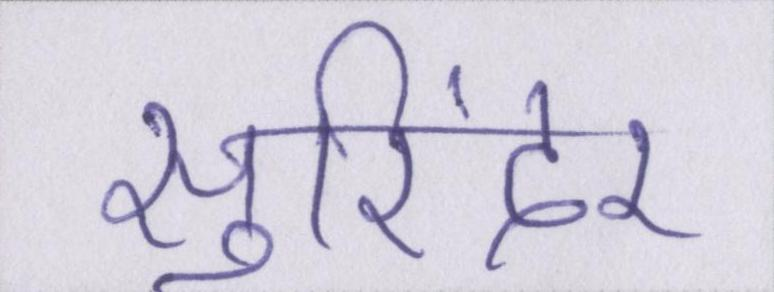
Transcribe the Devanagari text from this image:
सुरिंदर